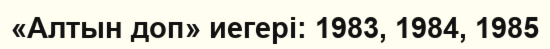
«Алтын доп» иегері: 1983, 1984, 1985